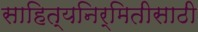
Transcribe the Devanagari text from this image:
साहित्यनिर्मितीसाठी